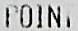
POINT